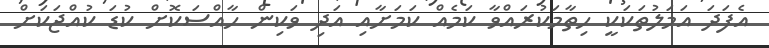
އެފަދަ އަމަލުތަކަކީ ހިތާމަކުރައްވާ ކަމެއް ކަމަށާއި އަދި ވަކިން ހާއްސަކޮށް ކުޑަ ކުއްޖަކަށް